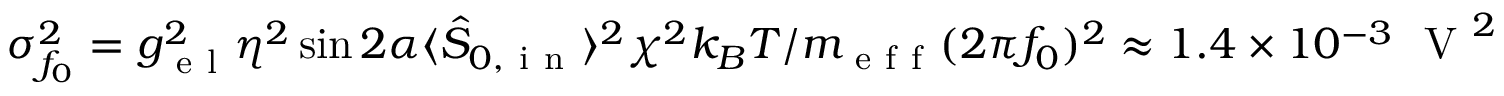
\sigma _ { f _ { 0 } } ^ { 2 } = g _ { \mathrm { ~ e ~ l ~ } } ^ { 2 } \eta ^ { 2 } \sin 2 \alpha \langle \hat { S } _ { 0 , \mathrm { ~ i ~ n ~ } } \rangle ^ { 2 } \chi ^ { 2 } k _ { B } T / m _ { \mathrm { ~ e ~ f ~ f ~ } } ( 2 \pi f _ { 0 } ) ^ { 2 } \approx 1 . 4 \times 1 0 ^ { - 3 } ~ \mathrm { ~ V ~ } ^ { 2 }